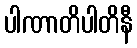
ပါဏာတိပါတိနီ